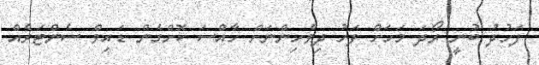
ފަހުދު ބުނީ ރޯދަ މަހަށް ފަހު ދިވެހިންނަށް ހާއްސަ ކޮށްގެން ޑައިވް ސެންޓަރެއް